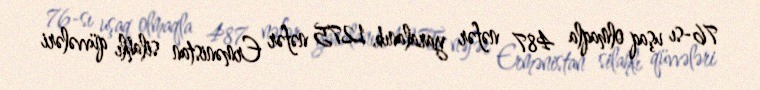
76-sı uşaq olmaqla 487 nəfər yaralanıb, 1275 nəfər Ermənistan silahlı qüvvələri